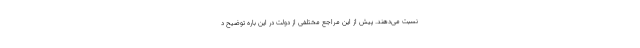
نسبت می‌دهند. پیش از این مراجع مختلفی از دولت در این باره توضیح د